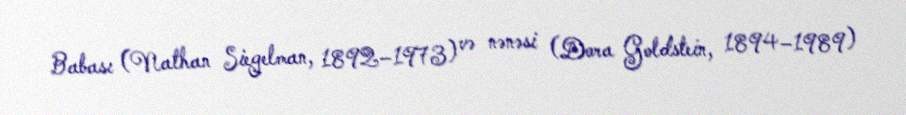
Babası (Nathan Siegelman, 1892–1973) və nənəsi (Dora Goldstein, 1894–1989)